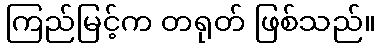
ကြည်မြင့်က တရုတ် ဖြစ်သည်။